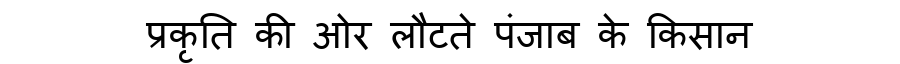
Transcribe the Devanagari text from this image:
प्रकृति की ओर लौटते पंजाब के किसान